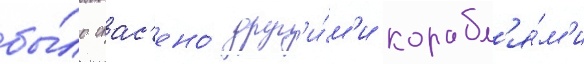
бы́ло спас'ено́ друг'и́м'и корабл'я́м'и